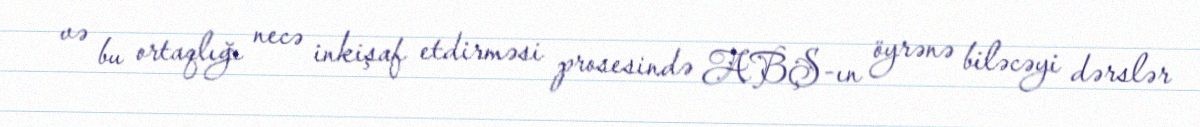
və bu ortaqlığı necə inkişaf etdirməsi prosesində ABŞ-ın öyrənə biləcəyi dərslər